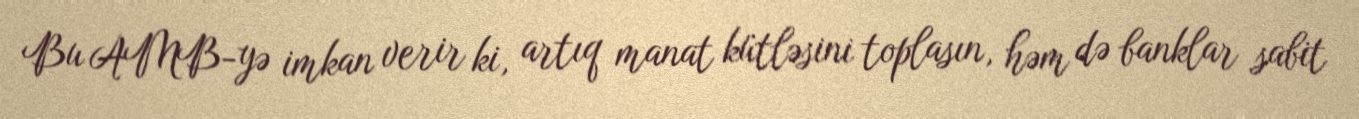
Bu AMB-yə imkan verir ki, artıq manat kütləsini toplasın, həm də banklar sabit